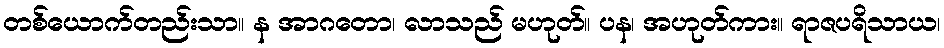
တစ်ယောက်တည်းသာ။ န အာဂတော၊ လာသည် မဟုတ်။ ပန၊ အဟုတ်ကား။ ရာဇပရိသာယ၊